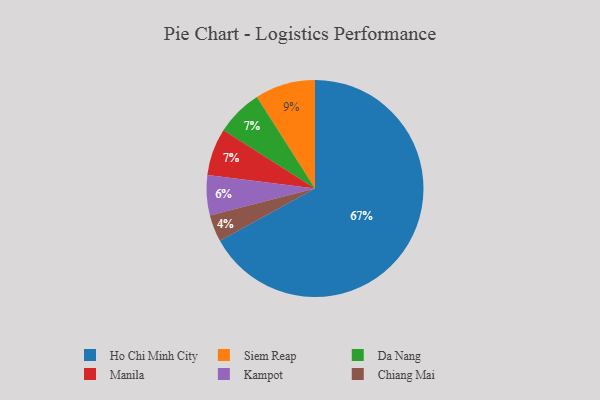
{"axis": {"x": "Category", "y": "Percentage"}, "legend": ["Chiang Mai", "Da Nang", "Ho Chi Minh City", "Kampot", "Manila", "Siem Reap"], "data": [{"x": "Ho Chi Minh City", "y": 67, "type": "Ho Chi Minh City"}, {"x": "Kampot", "y": 6, "type": "Kampot"}, {"x": "Da Nang", "y": 7, "type": "Da Nang"}, {"x": "Siem Reap", "y": 9, "type": "Siem Reap"}, {"x": "Manila", "y": 7, "type": "Manila"}, {"x": "Chiang Mai", "y": 4, "type": "Chiang Mai"}]}